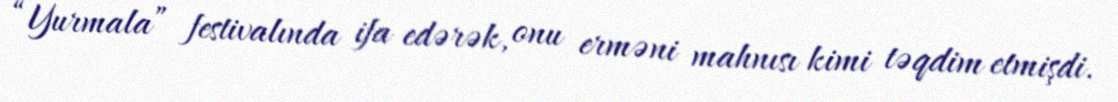
“Yurmala” festivalında ifa edərək, onu erməni mahnısı kimi təqdim etmişdi.